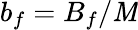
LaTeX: b_{f}=B_{f}/\mathit{M}